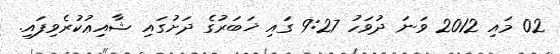
02 މައި 2012 ވަނަ ދުވަހު 9:27 ގައި ޚަބަރުގެ ދަށުގައި ޝާއިޢުކުރެވިފައި.